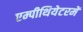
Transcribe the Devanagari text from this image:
एम्पीथियेटरमें